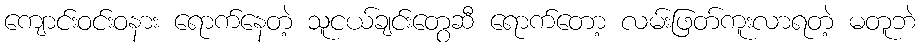
ကျောင်းဝင်းဝနား ရောက်နေတဲ့ သူငယ်ချင်းတွေဆီ ရောက်တော့ လမ်းဖြတ်ကူးလာရတဲ့ မတူဘဲ